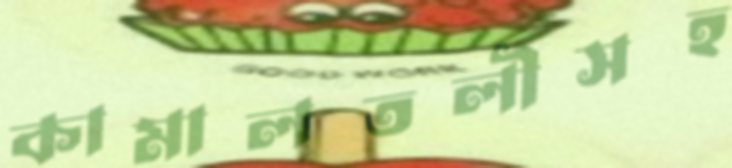
কামালতলীসহ